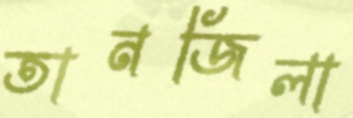
তানজিলা